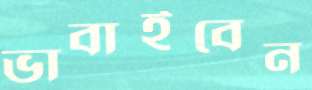
ভাবাইবেন